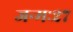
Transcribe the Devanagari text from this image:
जन्मः२७